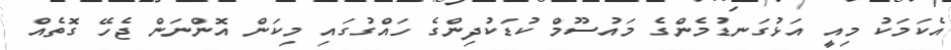
އެކަމަކު މިއީ އަޅުގަނޑުމެންގެ މައުސޫމް ކުޑަކުދިންގެ ހައްގުގައި މިކަން އޮންނަން ޖެހޭ ގޮތެއް